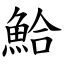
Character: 鮯